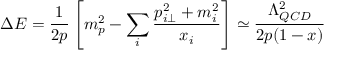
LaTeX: \Delta E = \frac { 1 } { 2 p } \left[ m _ { p } ^ { 2 } - \sum _ { i } ^ { } \frac { p _ { i \perp } ^ { 2 } + m _ { i } ^ { 2 } } { x _ { i } } \right] \simeq \frac { \Lambda _ { Q C D } ^ { 2 } } { 2 p ( 1 - x ) }